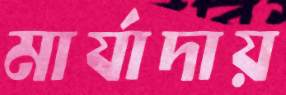
মার্যাদায়